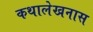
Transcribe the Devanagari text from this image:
कथालेखनास